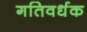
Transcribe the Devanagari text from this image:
गतिवर्धक